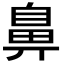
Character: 鼻